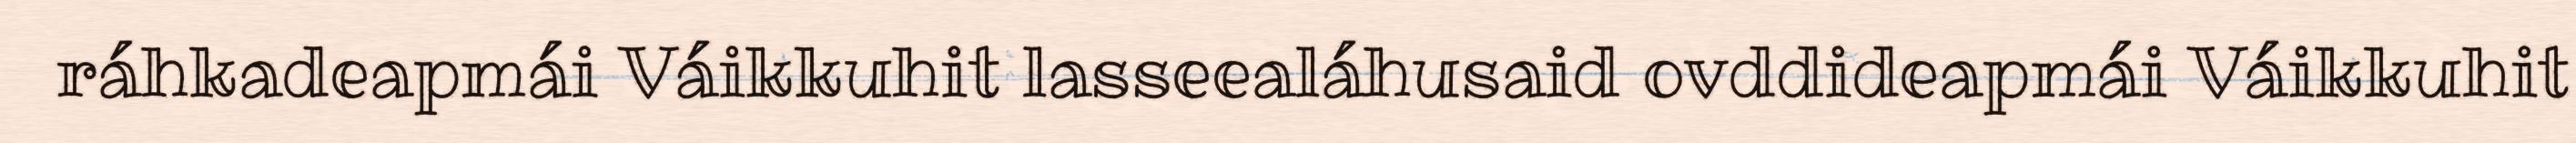
ráhkadeapmái Váikkuhit lasseealáhusaid ovddideapmái Váikkuhit